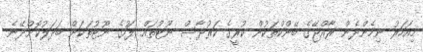
މިއަހަރު ނިމެންދެން ރާއްޖޭގެ ބޭންކްތަކުން ކުރީގެ ކަރުދާސް ނޫޓުތައް ފަހުގެ ނޫޓުތަކަށް ބަދަލުކޮށްދޭނެ